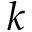
k